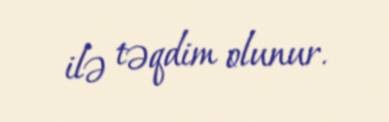
ilə təqdim olunur.